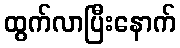
ထွက်လာပြီးနောက်